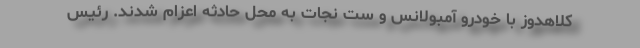
کلاهدوز با خودرو آمبولانس و ست نجات به محل حادثه اعزام شدند. رئیس